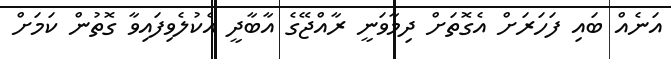
އަނެއް ބައި ފަހަރަށް އެގޮތަށް ދިމާވަނީ ރާއްޖޭގެ އާބާދީ އެކުލެވިފައިވާ ގޮތުން ކަމަށް